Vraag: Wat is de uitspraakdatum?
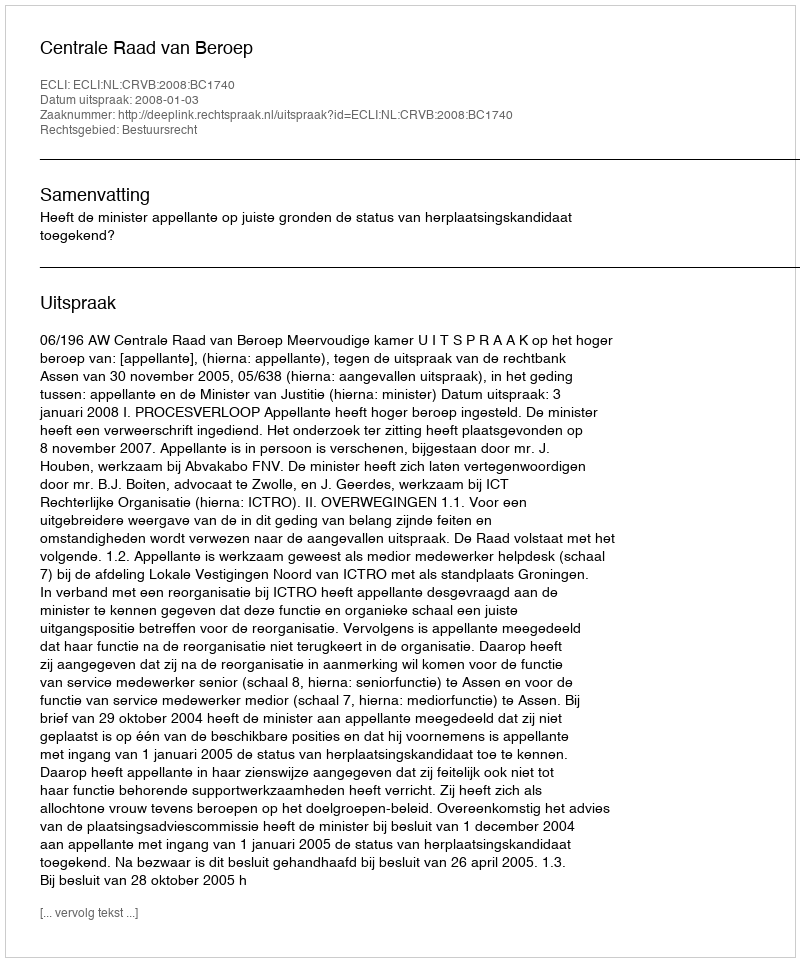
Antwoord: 2008-01-03